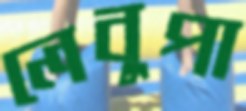
লেবুপা